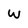
Character: W